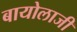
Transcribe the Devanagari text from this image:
बायोलाजी